Indian journal of veterinary science and animal husbandry - Volume 1,
Year: 1931
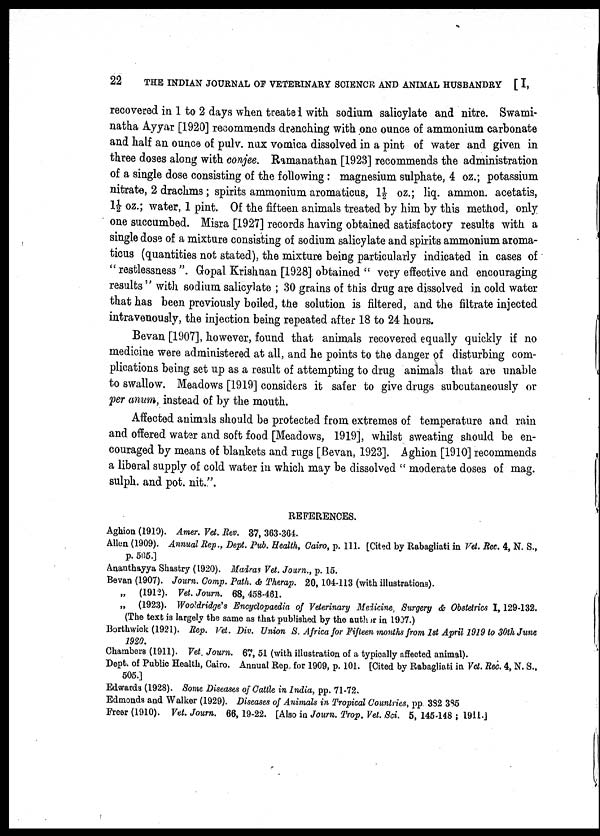
22
THE INDIAN JOURNAL OF VETERINARY SCIENCE AND ANIMAL HUSBANDRY [I,
recovered in 1 to 2 days when treated with sodium salicylate and nitre. Swami-
natha Ayyar [1920] recommends drenching with one ounce of ammonium carbonate
and half an ounce of pulv. nux vomica dissolved in a pint of water and given in
three doses along with conjee. Ramanathan [1923] recommends the administration
of a single dose consisting of the following : magnesium sulphate, 4 oz.; potassium
nitrate, 2 drachms ; spirits ammonium aromaticus, 1½ oz.; liq. ammon. acetatis,
1½ oz.; water, 1 pint. Of the fifteen animals treated by him by this method, only
one succumbed. Misra [1927] records having obtained satisfactory results with a
single dose of a mixture consisting of sodium salicylate and spirits ammonium aroma-
ticus (quantities not stated), the mixture being particularly indicated in cases of
"restlessness ". Gopal Krishnan [1928] obtained " very effective and encouraging
results " with sodium salicylate ; 30 grains of this drug are dissolved in cold water
that has been previously boiled, the solution is filtered, and the filtrate injected
intravenously, the injection being repeated after 18 to 24 hours.
Bevan [1907], however, found that animals recovered equally quickly if no
medicine were administered at all, and he points to the danger of disturbing com-
plications being set up as a result of attempting to drug animals that are unable
to swallow. Meadows [1919] considers it safer to give drugs subcutaneously or
per anum, instead of by the mouth.
Affected animals should be protected from extremes of temperature and rain
and offered water and soft food [Meadows, 1919], whilst sweating should be en-
couraged by means of blankets and rugs [Bevan, 1923]. Aghion [1910] recommends
a liberal supply of cold water in which may be dissolved " moderate doses of mag.
sulph. and pot. nit.".
REFERENCES.
Aghion (1910). Amer. Vet. Rev. 37, 363-364.
Allen (1909). Annual Rep., Dept. Pub. Health, Cairo, p. 111. [Cited by Rabagliati in Vet. Rec. 4, N. S.,
p. 505.]
Ananthayya Shastry (1920). Madras Vet. Journ., p. 15.
Bevan (1907). Journ. Comp. Path. & Therap. 20, 104-113 (with illustrations).
„ (1912). Vet. Journ. 68, 458-461.
„ (1923). Wooldridge's Encyclopaedia of Veterinary Medicine, Surgery & Obstetrics I, 129-132.
(The text is largely the same as that published by the author in 1907.)
Borthwick (1921). Rep. Vet. Div. Union S. Africa for Fifteen months from 1st April 1919 to 30th June
1920.
Chambers (1911). Vet. Journ. 67, 51 (with illustration of a typically affected animal).
Dept. of Public Health, Cairo. Annual Rep. for 1909, p. 101. [Cited by Rabagliati in Vet. Rec. 4, N. S.,
505.]
Edwards (1928). Some Diseases of Cattle in India, pp. 71-72.
Edmonds and Walker (1929). Diseases of Animals in Tropical Countries, pp. 382 385
Freer (1910). Vet. Journ. 66, 19-22. [Also in Journ. Trop. Vet. Sci. 5, 145-148 ; 1911.]